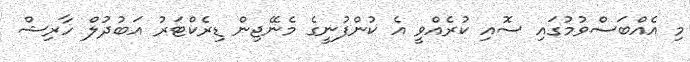
މި އެއްބަސްވުމުގައި ސޮއި ކުރެއްވީ އެ ކުންފުނީގެ މެނޭޖިން ޑިރެކްޓަރު އަބުދުލް ހާރިޝް